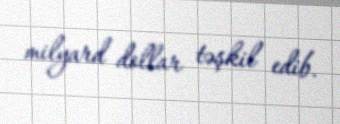
milyard dollar təşkil edib.